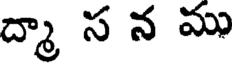
ద్మా స న ము